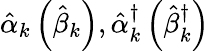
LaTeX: \hat{\alpha}_{k}\left(\hat{\beta}_{k}\right),\hat{\alpha}_{k}^{\dagger}\left(\hat{\beta}_{k}^{\dagger}\right)